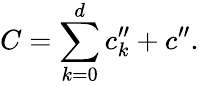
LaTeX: C=\sum_{k=0}^{d}c_{k}^{\prime\prime}+c^{\prime\prime}.